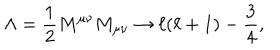
LaTeX: \Lambda = { \frac { 1 } { 2 } } M ^ { \mu \nu } M _ { \mu \nu } \rightarrow \ell ( \ell + 1 ) - { \frac { 3 } { 4 } } ,